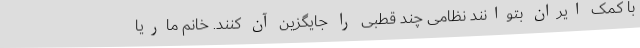
با کمک ایران بتوانند نظامی چند قطبی را جایگزین آن کنند. خانم ماریا